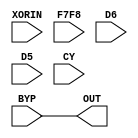
module ultra_slice_logic_ffmux #(
	parameter [1023:0] SEL = "BYP"
) (
	input XORIN, F7F8, D6, D5, CY, BYP,
	output OUT
);
	generate
		case(SEL)
			"XORIN": assign OUT = XORIN;
			"F7F8":  assign OUT = F7F8;
			"D6":    assign OUT = D6;
			"D5":    assign OUT = D5;
			"CY":    assign OUT = CY;
			"BYP":   assign OUT = BYP;
		endcase
	endgenerate
endmodule